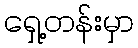
ရှေ့တန်းမှာ